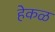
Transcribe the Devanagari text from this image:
हेकळ